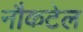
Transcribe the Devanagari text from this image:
नौकटेल